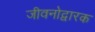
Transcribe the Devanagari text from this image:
जीवनोद्वारक